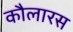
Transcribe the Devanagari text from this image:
कौलारस